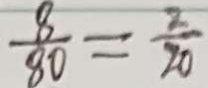
\frac { 8 } { 8 0 } = \frac { 2 } { 2 0 }